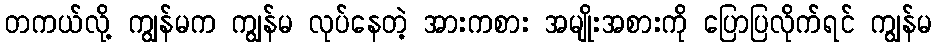
တကယ်လို့ ကျွန်မက ကျွန်မ လုပ်နေတဲ့ အားကစား အမျိုးအစားကို ပြောပြလိုက်ရင် ကျွန်မ